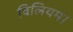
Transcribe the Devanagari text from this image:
विलियम।